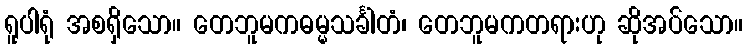
ရူပါရုံ အစရှိသော။ တေဘူမကဓမ္မသင်္ခါတံ၊ တေဘူမကတရားဟု ဆိုအပ်သော။